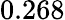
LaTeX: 0.268